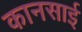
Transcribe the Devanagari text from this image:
कानसाई